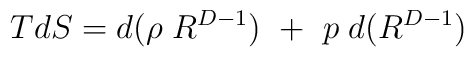
T dS = d (\rho \; R^{D-1}) ~+ ~ p\;d(R^{D-1})